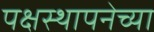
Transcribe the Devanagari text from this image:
पक्षस्थापनेच्या